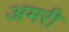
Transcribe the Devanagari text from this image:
अमरी